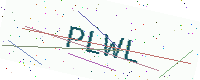
Text: PLWL